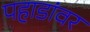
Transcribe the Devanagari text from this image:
पहाडांवर